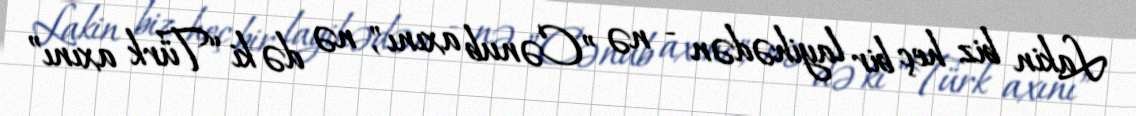
Lakin biz heç bir layihədən - nə ”Cənub axını", nə də ki “Türk axını”